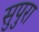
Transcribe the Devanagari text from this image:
सुपुरा